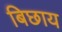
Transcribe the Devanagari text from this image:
बिछाय